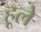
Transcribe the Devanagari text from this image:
हूले